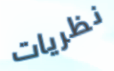
نظريات